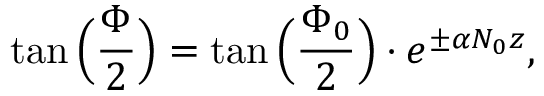
\tan \Big ( \frac { \Phi } { 2 } \Big ) = \tan \Big ( \frac { \Phi _ { 0 } } { 2 } \Big ) \cdot e ^ { \pm \alpha N _ { 0 } z } ,